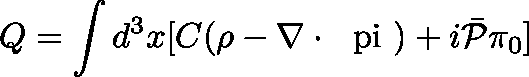
Q = \int d ^ { 3 } x [ C ( \rho - \nabla \cdot \mathrm { \boldmath ~ \ p i ~ } ) + i \bar { { \cal P } } \pi _ { 0 } ]